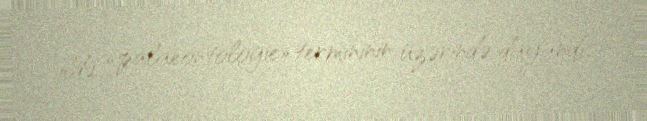
ildə «palaeontologie» termininin üzərində dayandı.